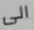
الى